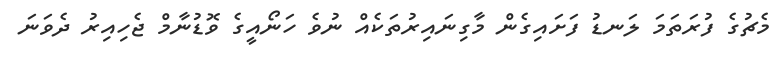
މެޗުގެ ފުރަތަމަ ލަނޑު ފަށައިގެން މާގިނައިރުތަކެއް ނުވެ ހަނޯއީގެ ވޮޑުނާމް ޖެހިއިރު ދެވަނަ